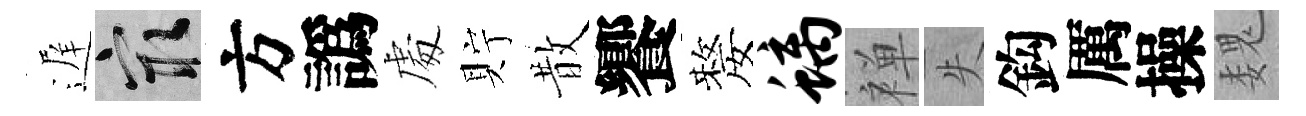
遅冣方譌䖏貯散饗嫠螭禅失鈎厲操魏